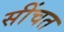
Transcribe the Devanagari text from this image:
सींचत